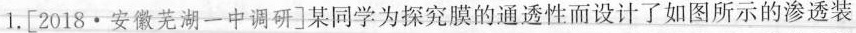
1.[2018·安徽芜湖一中调研]某同学为探究膜的通透性而设计了如图所示的渗透装